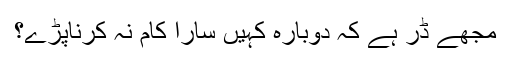
مجھے ڈر ہے کہ دوبارہ کہیں سارا کام نہ کرناپڑے؟